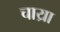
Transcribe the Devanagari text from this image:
चाय्रा